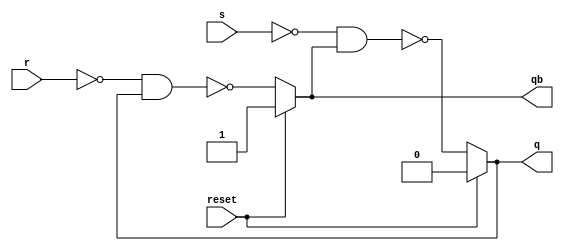
module SR_latch(q, qb, s, r, reset);

    input s, r, reset;
    output reg q, qb;

    wire Q, Qb;
    
    assign Q = (reset == 1'b1) ? 1'b0 : !(!s && Qb);
    assign Qb = (reset == 1'b1) ? 1'b1 : !(~r && Q);
    
    always @ (s, r, reset)
    begin
        q = Q;
        qb = Qb;
    end
    

endmodule